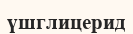
үшглицерид